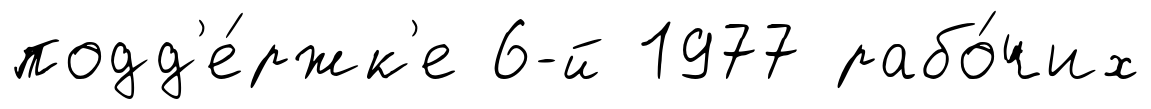
подд'е́ржк'е 6-й 1977 рабо́чих